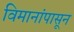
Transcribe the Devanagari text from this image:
विमानांपासून